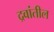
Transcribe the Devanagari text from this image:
द्रवांतील